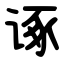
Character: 诼